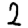
Digit: 2